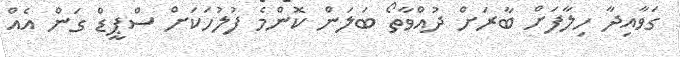
ގަވާއިދާ ހިލާފަށް ބާރަށް ދުއްވާތޯ ބަލަން ކޮންމެ ފުލުހަކަށް ސްޕީޑް ގަން އެއް